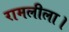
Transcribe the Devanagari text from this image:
रामलीला।